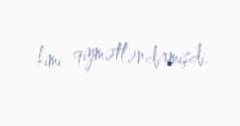
kimi qiymətləndirmişdi.